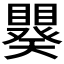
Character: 𬑪